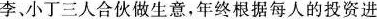
李、小丁三人合伙做生意，年终根据每人的投资进